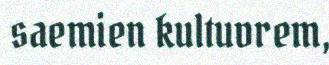
saemien kultuvrem,